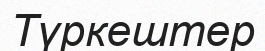
Түркештер